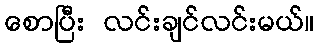
စောပြီး လင်းချင်လင်းမယ်။